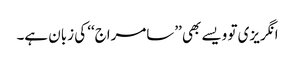
انگریزی تو ویسے بھی ’’سامراج‘‘ کی زبان ہے۔